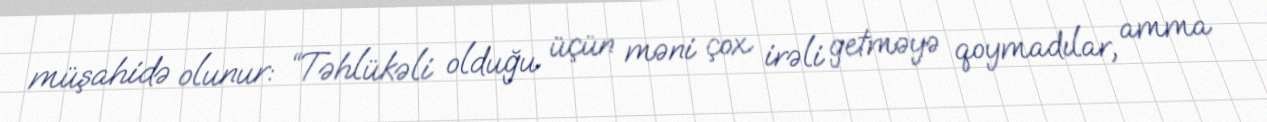
müşahidə olunur: “Təhlükəli olduğu üçün məni çox irəli getməyə qoymadılar, amma